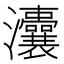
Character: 灢